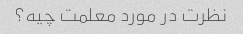
نظرت در مورد معلمت چیه؟